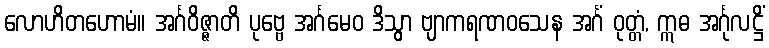
လောဟိတဟောမံ။ အင်္ဂဝိဇ္ဇာတိ ပုဗ္ဗေ အင်္ဂမေဝ ဒိသွာ ဗျာကရဏဝသေန အင်္ဂံ ဝုတ္တံ, ဣဓ အင်္ဂုလဋ္ဌိံ